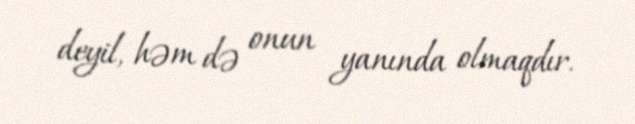
deyil, həm də onun yanında olmaqdır.